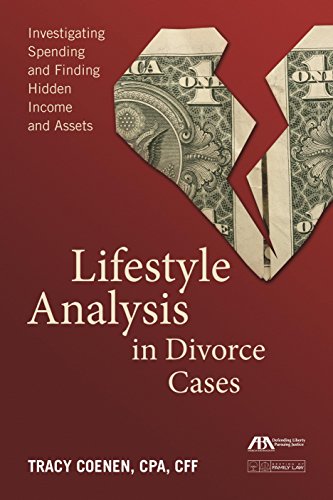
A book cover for Lifestyle Analysis in Divorce Cases: Investigating Spending and Finding Hidden Income and Assets; Tracy Coenen; Law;